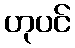
ဟုပင်